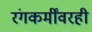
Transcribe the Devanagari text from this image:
रंगकर्मींवरही